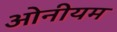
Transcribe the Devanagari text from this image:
ओनीयम